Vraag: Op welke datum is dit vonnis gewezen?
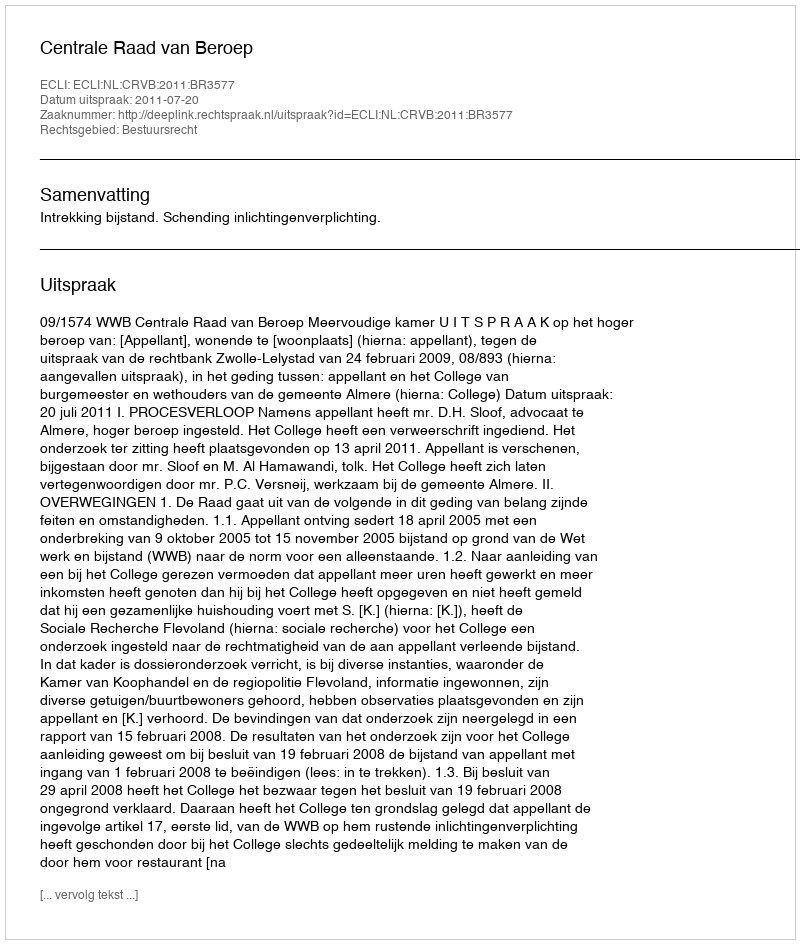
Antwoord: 2011-07-20